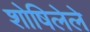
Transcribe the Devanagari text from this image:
शोषिलेले